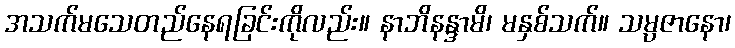
အသက်မသေတည်နေရခြင်းကိုလည်း။ နာဘိနန္ဒာမိ၊ မနှစ်သက်။ သမ္ပဇာနော၊